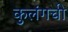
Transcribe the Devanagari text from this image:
कुलंगची